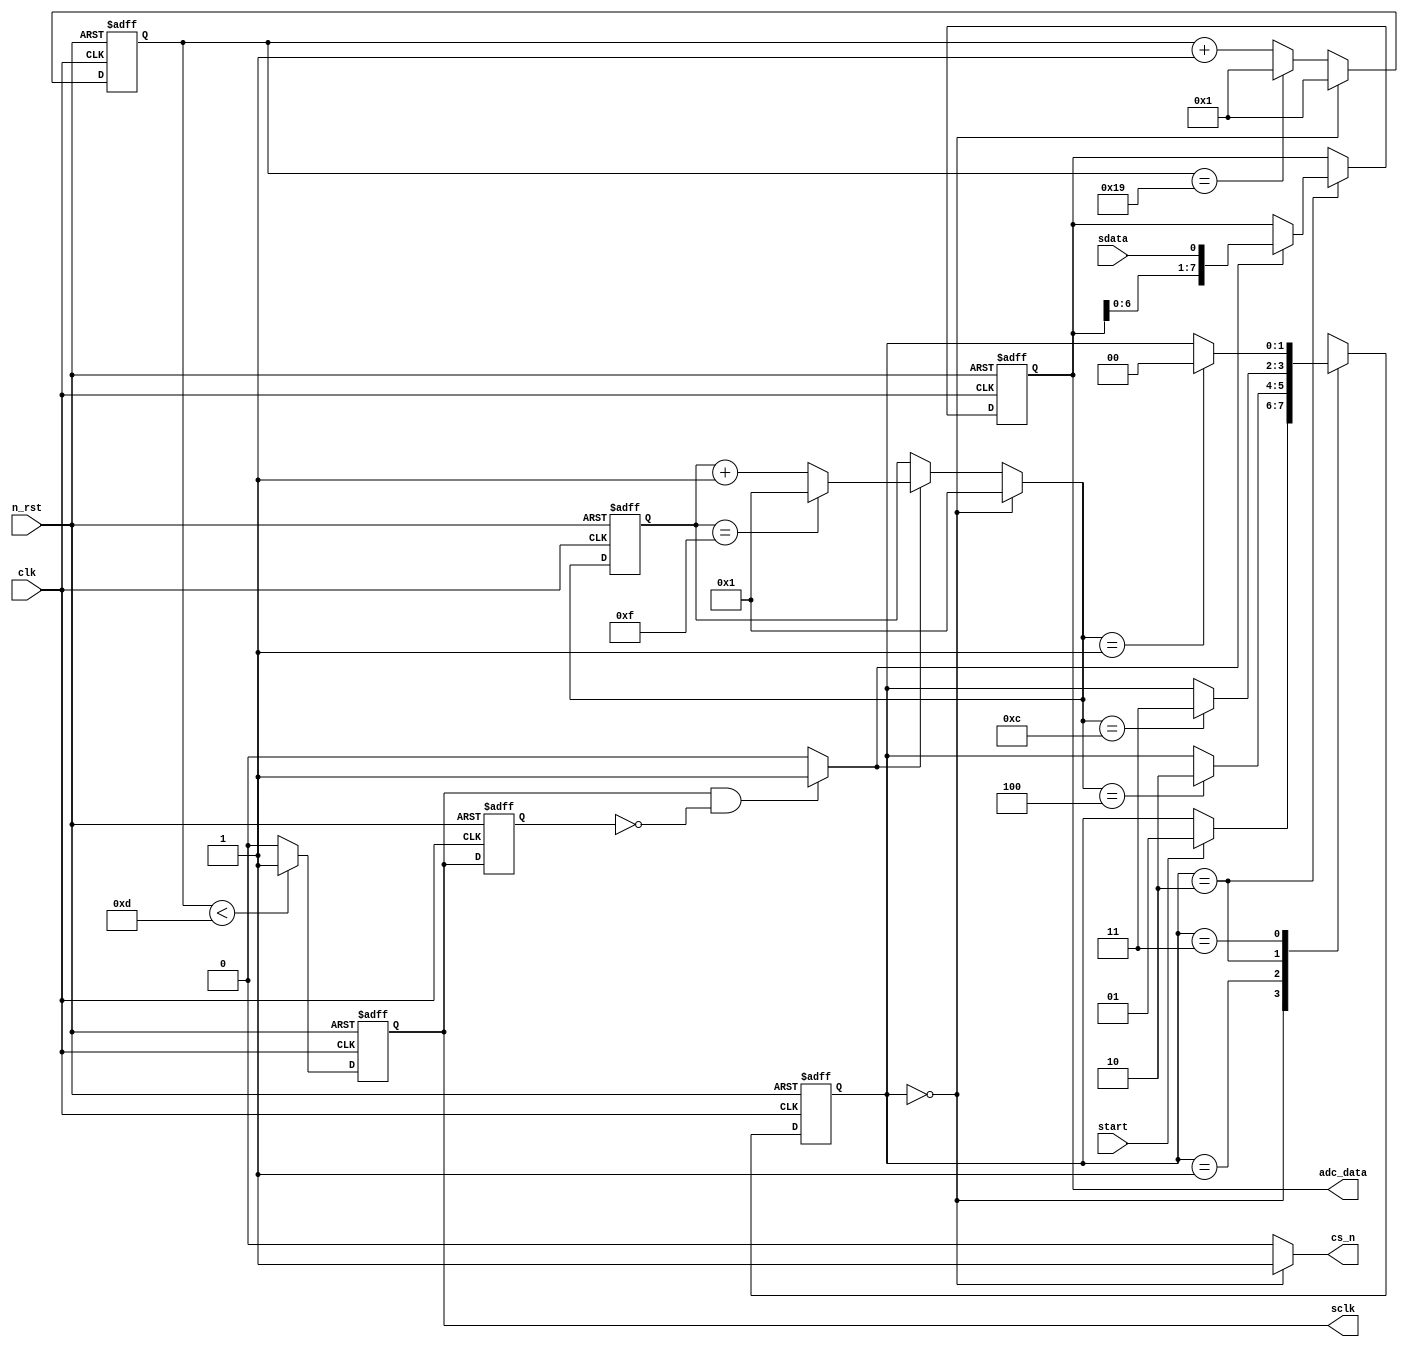
module spi_master(
    clk,
    n_rst,
    start,
    sdata,
    cs_n,
    sclk,
    adc_data
);

input clk;
input n_rst;
input start;
input sdata;

output cs_n;
output reg sclk;
output reg [7:0] adc_data;

localparam S0 = 2'h0;
localparam S1 = 2'h1;
localparam S2 = 2'h2;
localparam S3 = 2'h3;

localparam FLG1 = 5'h19;
localparam FLG2 = 4'hF;

reg [1:0] c_state;
reg [1:0] n_state;

reg [4:0] c_cnt1;
reg [4:0] n_cnt1;

reg [3:0] c_cnt2;
reg [3:0] n_cnt2;

always @(posedge clk or negedge n_rst) begin
    if(!n_rst) begin
        c_state <= S0;
        c_cnt1 <= 5'h01;
        c_cnt2 <= 4'h1;
    end
    else begin
        c_state <= n_state;
        c_cnt1 <= n_cnt1;
        c_cnt2 <= n_cnt2;
    end
end

always @(c_state or start or n_cnt2) begin
    case(c_state)
    S0 : n_state = (start == 1'b1) ? S1 : c_state;
    S1 : n_state = (n_cnt2 == 4'h4) ? S2 : c_state;
    S2 : n_state = (n_cnt2 == 4'hC) ? S3 : c_state;
    S3 : n_state = (n_cnt2 == 4'h1) ? S0 : c_state;
    default : n_state = S0;
    endcase
end

always @(c_state or c_cnt1) begin
    case(c_state)
    S0 : n_cnt1 = 5'h01;
    default : n_cnt1 = (c_cnt1 == FLG1) ? 5'h01 : c_cnt1 + 5'h01;
    endcase
end

assign cs_n = (c_state == S0) ? 1'b1 : 1'b0;

always @(posedge clk or negedge n_rst) begin
    if(!n_rst) begin
        sclk <= 1'b1;
    end
    else begin
        sclk <= (c_cnt1 < 5'h0D) ? 1'b1 : 1'b0;
    end
end

reg sclk_d;
wire sclk_r;

always @(posedge clk or negedge n_rst) begin
    if(!n_rst) begin
        sclk_d <= 1'b1;
    end
    else begin
        sclk_d <= sclk;
    end
end

assign sclk_r = ((sclk == 1'b1)&&(sclk_d == 1'b0)) ? 1'b1 : 1'b0;

always @(c_state or sclk_r or c_cnt2) begin
    case(c_state)
    S0 : n_cnt2 = 4'h1;
    default : n_cnt2 = (sclk_r == 1'b0) ? c_cnt2 :
                       (c_cnt2 == FLG2) ? 4'h1 : c_cnt2 + 4'h1;
    endcase
end

always @(posedge clk or negedge n_rst) begin
    if(!n_rst) begin
        adc_data <= 8'h00;
    end
    else if (c_state == S2) begin
        adc_data <= (sclk_r == 1'b1) ? {adc_data[6:0], sdata} : adc_data;
    end
    else begin
        adc_data <= adc_data;
    end
end

endmodule